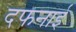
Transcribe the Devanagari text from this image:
दफनाई